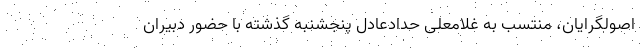
اصولگرایان، منتسب به غلامعلی حدادعادل پنجشنبه گذشته با حضور دبیران